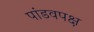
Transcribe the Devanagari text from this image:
पांडवपक्ष